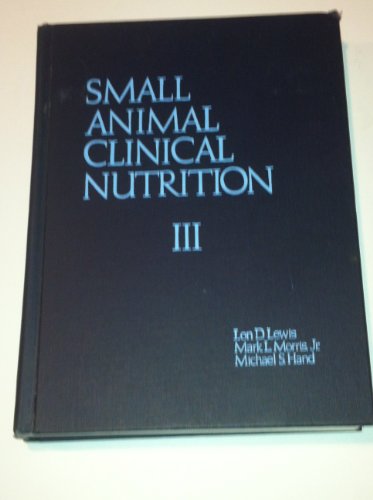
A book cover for Small Animal Clinical Nutrition III; Lon D. Lewis; Medical Books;